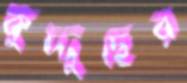
কুদ্দুছের